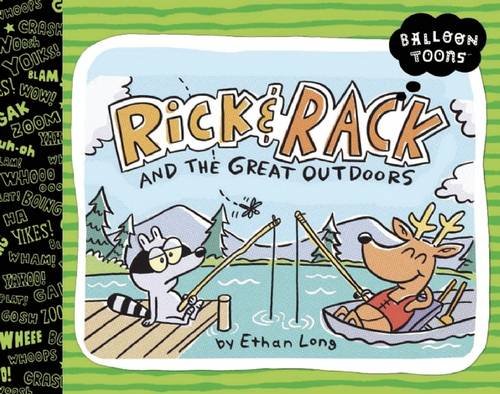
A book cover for Balloon Toons: Rick & Rack and the Great Outdoors; Children's Books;